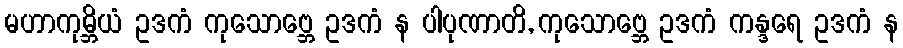
မဟာကုမ္ဘိယံ ဥဒကံ ကုသောဗ္ဘေ ဥဒကံ န ပါပုဏာတိ, ကုသောဗ္ဘေ ဥဒကံ ကန္ဒရေ ဥဒကံ န